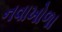
નવાખોળા